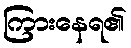
ကြားနေရ၏